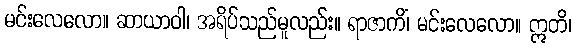
မင်းလေလော။ ဆာယာဝါ၊ အရိပ်သည်မူလည်း။ ရာဇာကိံ၊ မင်းလေလော။ ဣတိ၊